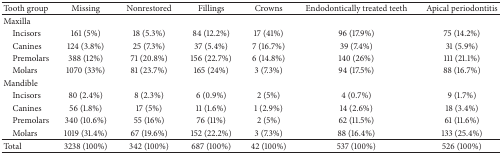
<table><thead><tr><td><b>Tooth group</b></td><td><b>Missing</b></td><td><b>Nonrestored</b></td><td><b>Fillings</b></td><td><b>Crowns</b></td><td><b>Endodontically treated teeth</b></td><td><b>Apical periodontitis</b></td></tr></thead><tbody><tr><td>Maxilla</td><td> </td><td> </td><td> </td><td> </td><td> </td><td> </td></tr><tr><td> Incisors</td><td>161 (5%)</td><td>18 (5.3%)</td><td>84 (12.2%)</td><td>17 (41%)</td><td>96 (17.9%)</td><td>75 (14.2%)</td></tr><tr><td> Canines</td><td>124 (3.8%)</td><td>25 (7.3%)</td><td>37 (5.4%)</td><td>7 (16.7%)</td><td>39 (7.4%)</td><td>31 (5.9%)</td></tr><tr><td> Premolars</td><td>388 (12%)</td><td>71 (20.8%)</td><td>156 (22.7%)</td><td>6 (14.8%)</td><td>140 (26%)</td><td>111 (21.1%)</td></tr><tr><td> Molars</td><td>1070 (33%)</td><td>81 (23.7%)</td><td>165 (24%)</td><td>3 (7.3%)</td><td>94 (17.5%)</td><td>88 (16.7%)</td></tr><tr><td>Mandible</td><td> </td><td> </td><td> </td><td> </td><td> </td><td> </td></tr><tr><td> Incisors</td><td>80 (2.4%)</td><td>8 (2.3%)</td><td>6 (0.9%)</td><td>2 (5%)</td><td>4 (0.7%)</td><td>9 (1.7%)</td></tr><tr><td> Canines</td><td>56 (1.8%)</td><td>17 (5%)</td><td>11 (1.6%)</td><td>1 (2.9%)</td><td>14 (2.6%)</td><td>18 (3.4%)</td></tr><tr><td> Premolars</td><td>340 (10.6%)</td><td>55 (16%)</td><td>76 (11%)</td><td>2 (5%)</td><td>62 (11.5%)</td><td>61 (11.6%)</td></tr><tr><td> Molars</td><td>1019 (31.4%)</td><td>67 (19.6%)</td><td>152 (22.2%)</td><td>3 (7.3%)</td><td>88 (16.4%)</td><td>133 (25.4%)</td></tr><tr><td>Total</td><td>3238 (100%)</td><td>342 (100%)</td><td>687 (100%)</td><td>42 (100%)</td><td>537 (100%)</td><td>526 (100%)</td></tr></tbody></table>